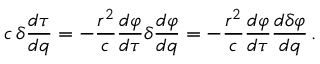
c \, \delta { \frac { d \tau } { d q } } = - { \frac { r ^ { 2 } } { c } } { \frac { d \varphi } { d \tau } } \delta { \frac { d \varphi } { d q } } = - { \frac { r ^ { 2 } } { c } } { \frac { d \varphi } { d \tau } } { \frac { d \delta \varphi } { d q } } \, .